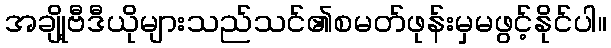
အချို့ဗီဒီယိုများသည်သင်၏စမတ်ဖုန်းမှမဖွင့်နိုင်ပါ။